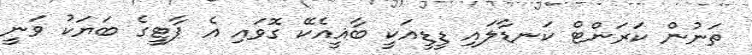
ތަނުން ކަރަންޓް ކަނޑާލައި ޑީޑީއަކީ ބާޣީއެކޭ ގޮވައި އެ ޕާޓީގެ ބަޔަކު ވަނީ